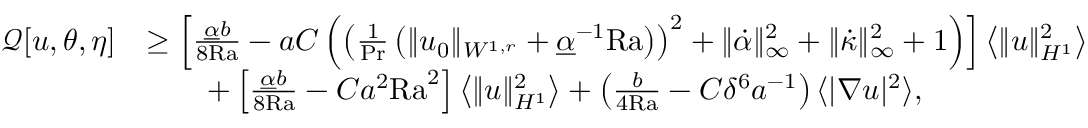
\begin{array} { r l } { \mathcal { Q } [ u , \theta , \eta ] } & { \geq \left[ \frac { \underline { { \alpha } } b } { 8 \mathrm { { R a } } } - a C \left( \left( \frac { 1 } { \mathrm { P r } } \left( \| u _ { 0 } \| _ { W ^ { 1 , r } } + \underline { { \alpha } } ^ { - 1 } \mathrm { { R a } } \right) \right) ^ { 2 } + \| \dot { \alpha } \| _ { \infty } ^ { 2 } + \| \dot { \kappa } \| _ { \infty } ^ { 2 } + 1 \right) \right] \left\langle \| u \| _ { H ^ { 1 } } ^ { 2 } \right\rangle } \\ & { \qquad + \left[ \frac { \underline { { \alpha } } b } { 8 { \mathrm { R a } } } - C a ^ { 2 } \mathrm { { R a } } ^ { 2 } \right] \left\langle \| u \| _ { H ^ { 1 } } ^ { 2 } \right\rangle + \left( \frac { b } { 4 { \mathrm { R a } } } - C \delta ^ { 6 } a ^ { - 1 } \right) \langle | \nabla u | ^ { 2 } \rangle , } \end{array}